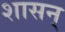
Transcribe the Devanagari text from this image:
शासन्